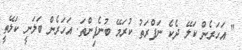
" އަހަރެން ކަލޭ ދެކެ ނަފްރަތު ކުރަމޭ ބުނެފިންތަ. އަހަރެން ބަލަނީ ކަލޭތީ